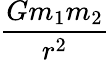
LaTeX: \frac{Gm_{1}m_{2}}{r^{2}}